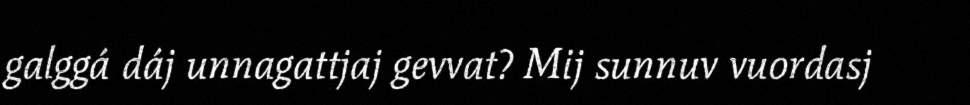
galggá dáj unnagattjaj gevvat? Mij sunnuv vuordasj